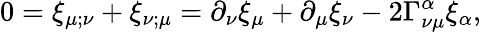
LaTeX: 0=\xi_{\mu;\nu}+\xi_{\nu;\mu}=\partial_{\nu}\xi_{\mu}+\partial_{\mu}\xi_{\nu}-2\Gamma_{\nu\mu}^{\alpha}\xi_{\alpha},